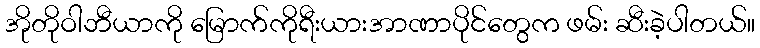
အိုတိုဝါဘီယာကို မြောက်ကိုရီးယားအာဏာပိုင်တွေက ဖမ်း ဆီးခဲ့ပါတယ်။